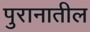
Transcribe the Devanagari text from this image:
पुरानातील